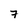
Character: 7